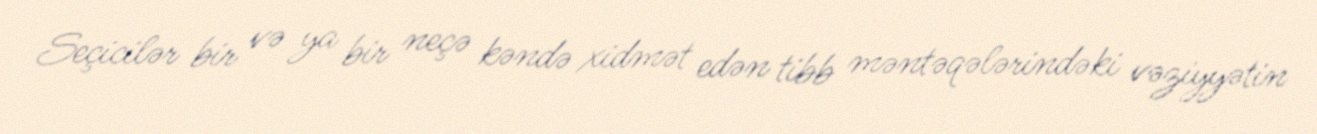
Seçicilər bir və ya bir neçə kəndə xidmət edən tibb məntəqələrindəki vəziyyətin